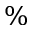
\%